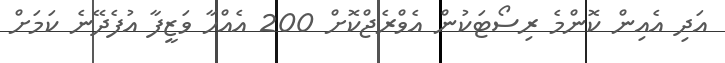
އަދި އެއިން ކޮންމެ ރިސޯޓަކުން އެވްރެޖްކޮށް 200 އެއްހާ ވަޒީފާ އުފެދޭނެ ކަމަށް